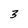
Character: 3